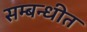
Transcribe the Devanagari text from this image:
सम्बन्धीत